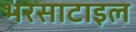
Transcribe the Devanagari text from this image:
भरसाटाइल